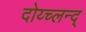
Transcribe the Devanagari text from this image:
दोय्च्लन्द्